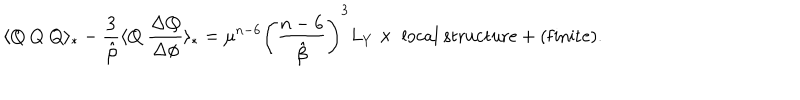
\langle Q ~ Q ~ Q \rangle _ { * } - \frac { 3 } { \hat { \beta } } \langle Q ~ \frac { \Delta Q } { \Delta \phi } \rangle _ { * } = \mu ^ { n - 6 } \left( \frac { n - 6 } { \hat { \beta } } \right) ^ { 3 } L _ { Y } \times \ \mathrm { l o c a l \ s t r u c t u r e } + ( \mathrm { f i n i t e } ) .